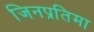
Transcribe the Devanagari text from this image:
जिनप्रतिमा